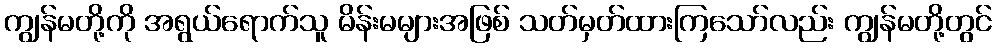
ကျွန်မတို့ကို အရွယ်ရောက်သူ မိန်းမများအဖြစ် သတ်မှတ်ထားကြသော်လည်း ကျွန်မတို့တွင်